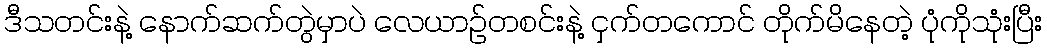
ဒီသတင်းနဲ့ နောက်ဆက်တွဲမှာပဲ လေယာဥ်တစင်းနဲ့ ငှက်တကောင် တိုက်မိနေတဲ့ ပုံကိုသုံးပြီး